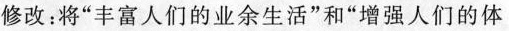
修改：将”丰富人们的业余生活”和”增强人们的体